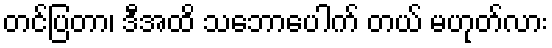
တင်ပြတာ၊ ဒီအထိ သဘောပေါက် တယ် မဟုတ်လား